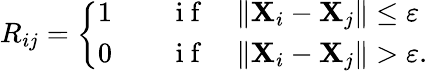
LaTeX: R_{ij}=\left\{ \begin{array}{ll}{1}&{\quad\mathrm{~i~f~}\quad\| \mathbf{X}_{i}-\mathbf{X}_{j}\| \leq\varepsilon}\\ {0}&{\quad\mathrm{~i~f~}\quad\| \mathbf{X}_{i}-\mathbf{X}_{j}\| >\varepsilon.}\end{array}\right.